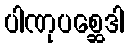
ပါဏုပစ္ဆေဒါ